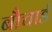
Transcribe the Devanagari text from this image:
बौचार्ड